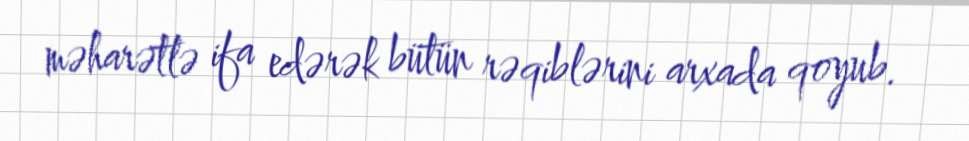
məharətlə ifa edərək bütün rəqiblərini arxada qoyub.